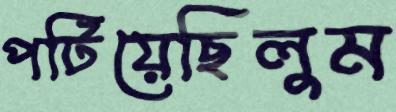
পটিয়েছিলুম